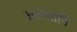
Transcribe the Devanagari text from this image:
अलसानि